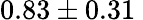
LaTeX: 0.83\pm 0.31\